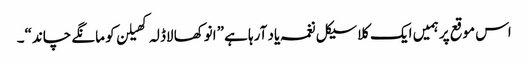
اس موقع پر ہمیں ایک کلاسیکل نغمہ یاد آرہا ہے ”انوکھا لاڈلہ کھیلن کو مانگے چاند“۔